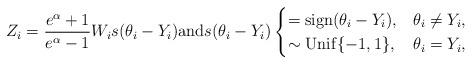
LaTeX: \begin{align*} Z_i = \frac{e^{\alpha}+1}{e^{\alpha}-1} W_i s(\theta_i - Y_i) \mbox{and} s(\theta_i - Y_i) \begin{cases} = \mathrm{sign}(\theta_i - Y_i), & \theta_i \neq Y_i, \\ \sim \mathrm{Unif}\{-1, 1\}, & \theta_i = Y_i, \end{cases} \end{align*}